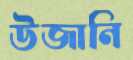
উজানি